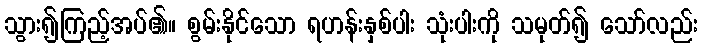
သွား၍ကြည့်အပ်၏။ စွမ်းနိုင်သော ရဟန်းနှစ်ပါး သုံးပါးကို သမုတ်၍ သော်လည်း